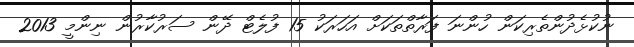
ނުކުޅެދުންތެރިކަން ހުންނަ ފަރާތްތަކަށް އަހަރަކު 15 ފުލެޓް ދޭން ސަރުކާރުން ނިންމީ 2013